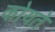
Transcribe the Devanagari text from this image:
कोयते